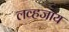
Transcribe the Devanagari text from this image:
लव्हजॉय